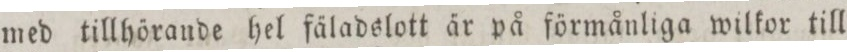
med tillhörande hel fäladslott är på förmånliga wilkor till